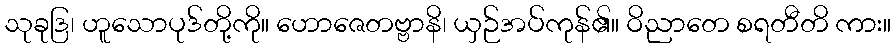
သုခုဒြ၊ ဟူသောပုဒ်တို့ကို။ ဟောဇေတဗ္ဗာနိ၊ ယှဉ်အပ်ကုန်၏။ ဝိညာတေ စရတီတိ ကား။